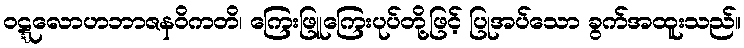
ဝဋ္ဋလောဟဘာဇနဝိကတိ၊ ကြေးဖြူကြေးပုပ်တို့ဖြင့် ပြုအပ်သော ခွက်အထူးသည်။